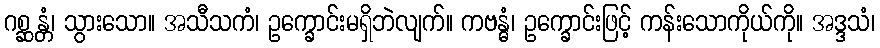
ဂစ္ဆန္တံ၊ သွားသော။ အသီသကံ၊ ဥက္ခောင်းမရှိဘဲလျက်။ ကဗန္ဓံ၊ ဥက္ခောင်းဖြင့် ကန်းသောကိုယ်ကို။ အဒ္ဒသံ၊